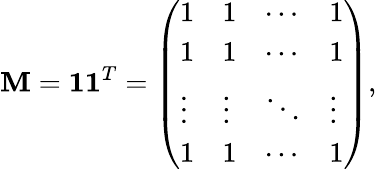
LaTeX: \mathbf{M}=\mathbf{1}\mathbf{1}^{T}=\left(\begin{array}{llll}{1}&{1}&{\cdots}&{1}\\ {1}&{1}&{\cdots}&{1}\\ {\vdots}&{\vdots}&{\ddots}&{\vdots}\\ {1}&{1}&{\cdots}&{1}\end{array}\right),